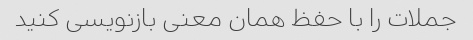
جملات را با حفظ همان معنی بازنویسی کنید